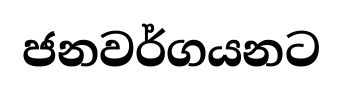
ජනවර්ගයනට